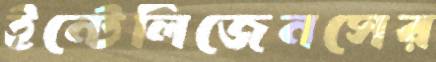
ইন্টেলিজেনসের